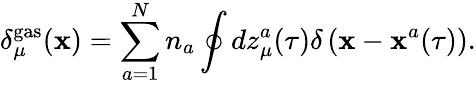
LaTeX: \delta_{\mu}^{\mathrm{gas}}({\mathbf x})=\sum_{a=1}^{N}n_{a}\oint dz_{\mu}^{a}(\tau)\delta\left({\mathbf x}-{\mathbf x}^{a}(\tau)\right).